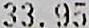
33.95